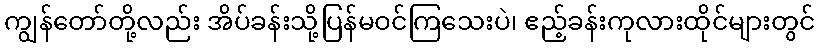
ကျွန်တော်တို့လည်း အိပ်ခန်းသို့ပြန်မဝင်ကြသေးပဲ၊ ဧည့်ခန်းကုလားထိုင်များတွင်